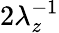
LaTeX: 2\lambda_{z}^{-1}